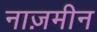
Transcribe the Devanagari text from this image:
नाज़मीन